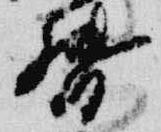
督